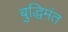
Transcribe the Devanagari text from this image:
बुद्धिमंत